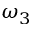
\omega _ { 3 }